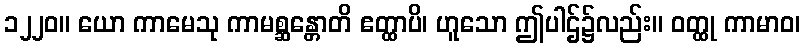
၁၂၂၀။ ယော ကာမေသု ကာမစ္ဆန္တောတိ ဧတ္ထာပိ၊ ဟူသော ဤပါဌ်၌လည်း။ ဝတ္ထု ကာမာဝ၊